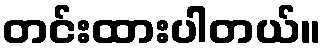
တင်းထားပါတယ်။